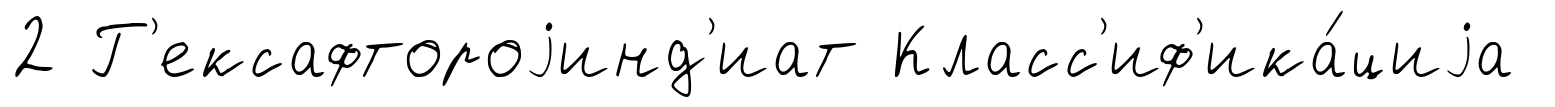
2 Г'ексафтороjинд'иат Класс'иф'ика́циjа